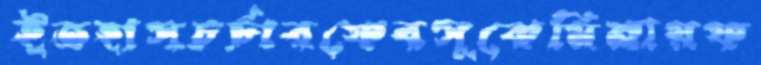
ইতহাসচর্চারফেবসুকেমিনায়ফ